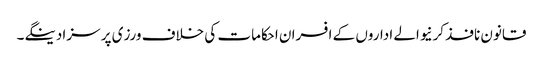
قانون نافذ کرنیوالے اداروں کے افسران احکامات کی خلاف ورزی پر سزا دینگے۔